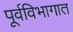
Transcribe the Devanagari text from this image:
पूर्वविभागात